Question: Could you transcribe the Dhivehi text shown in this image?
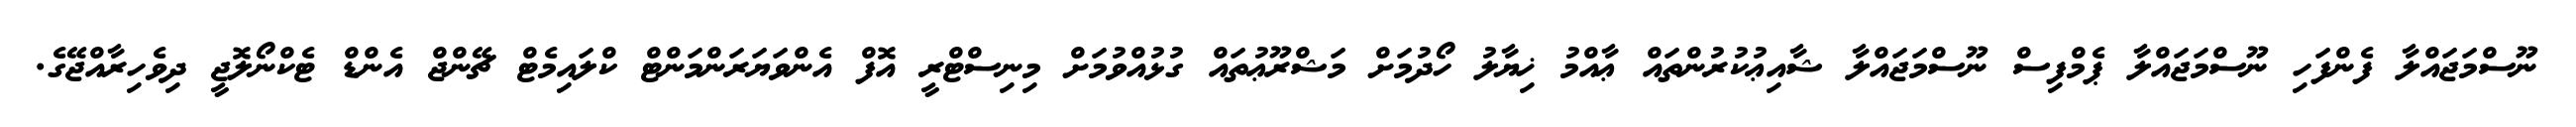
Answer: ނޫސްމަޖައްލާ ފެންފަހި ނޫސްމަޖައްލާ ޕެމްފިސް ނޫސްމަޖައްލާ ޝާއިޢުކުރުންތައް ޢާއްމު ޚިޔާލު ހޯދުމަށް މަޝްރޫޢުތައް ގުޅުއްވުމަށް މިނިސްޓްރީ އޮފް އެންވަޔަރަންމަންޓް ކްލައިމެޓް ޗޭންޖް އެންޑް ޓެކްނޯލޮޖީ ދިވެހިރާއްޖޭގެ.